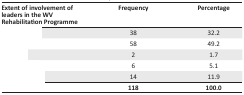
<table><thead><tr><td><b>Extent of involvement of leaders in the WV Rehabilitation Programme</b></td><td><b>Frequency</b></td><td><b>Percentage</b></td></tr></thead><tbody><tr><td>[EMPTY_CELL]</td><td>38</td><td>32.2</td></tr><tr><td>[EMPTY_CELL]</td><td>58</td><td>49.2</td></tr><tr><td>[EMPTY_CELL]</td><td>2</td><td>1.7</td></tr><tr><td>[EMPTY_CELL]</td><td>6</td><td>5.1</td></tr><tr><td>[EMPTY_CELL]</td><td>14</td><td>11.9</td></tr><tr><td>[EMPTY_CELL]</td><td><b>118</b></td><td><b>100.0</b></td></tr></tbody></table>